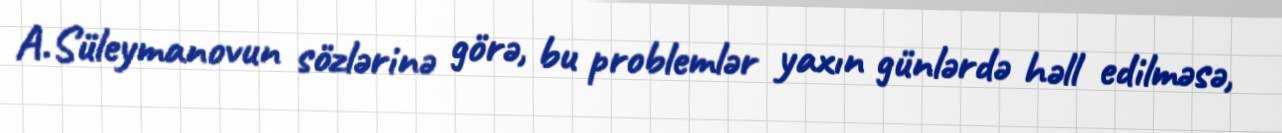
A.Süleymanovun sözlərinə görə, bu problemlər yaxın günlərdə həll edilməsə,